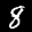
Label: 8